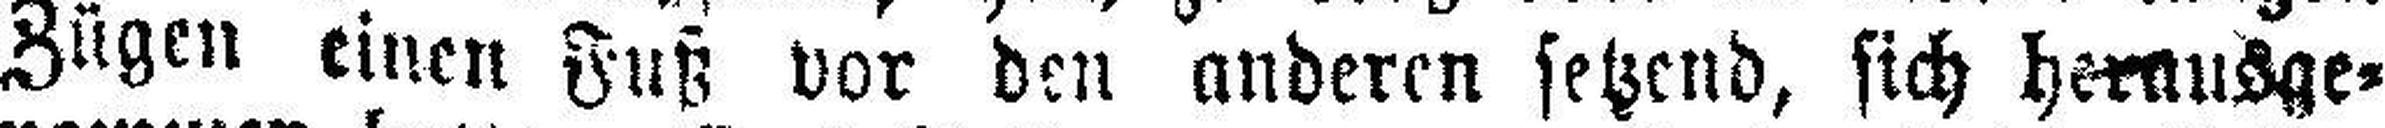
Zügen einen Fuß vor den anderen setzend, sich herausge¬